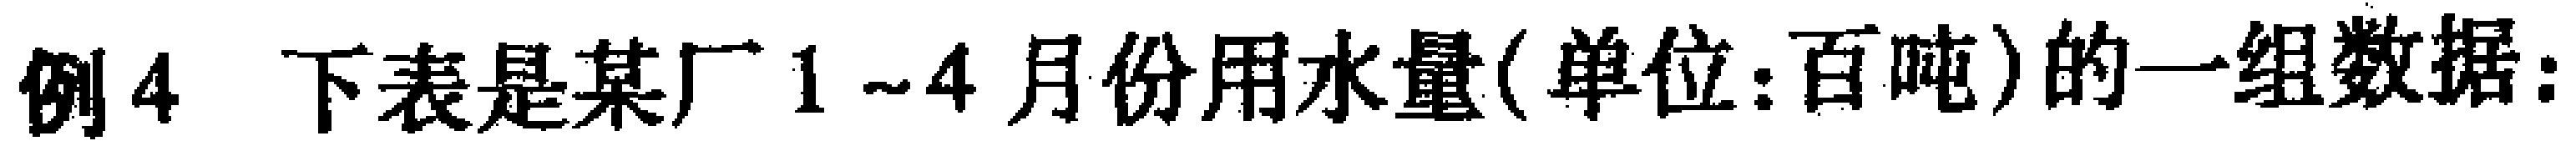
例4 下表是某厂1~4月份用水量(单位:百吨)的一组数据: